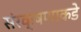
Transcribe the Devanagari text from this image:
संरक्षणाकडे